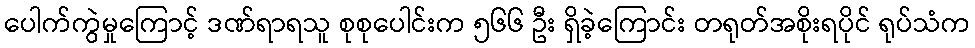
ပေါက်ကွဲမှုကြောင့် ဒဏ်ရာရသူ စုစုပေါင်းက ၅၆၆ ဦး ရှိခဲ့ကြောင်း တရုတ်အစိုးရပိုင် ရုပ်သံက